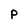
Character: P